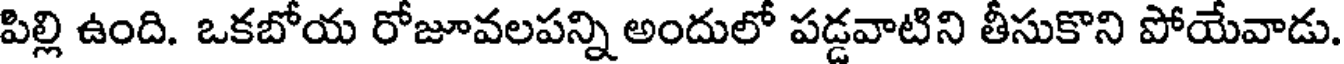
పిల్లి ఉంది. ఒకబోయ రోజూవలపన్ని అందులో పడ్డవాటిని తీసుకొని పోయేవాడు.